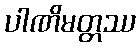
ပါဏိမတ္တဿ